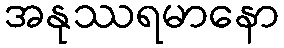
အနုဿရမာနော